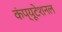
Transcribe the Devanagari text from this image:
कंप्‍यूटेशनल